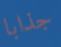
جذابا